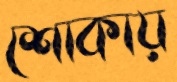
শোকায়